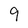
Character: 9